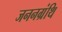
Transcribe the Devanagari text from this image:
जननग्रंथि